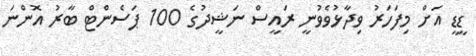
ޑީޑީ އަށް މިފަހަރު ވިދާޅުވެވުނީ ރައީސް ނަޝީދުގެ 100 ޕަސެންޓް ބާރު އޮންނަ